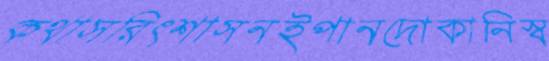
কথাসরিৎশাসনইপানদোকানিস্ব